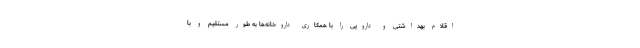
اقلام بهداشتی و دارویی‌ را با همکاری داروخانه‌ها به طور مستقیم و با